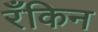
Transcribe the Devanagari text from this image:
रँकिन